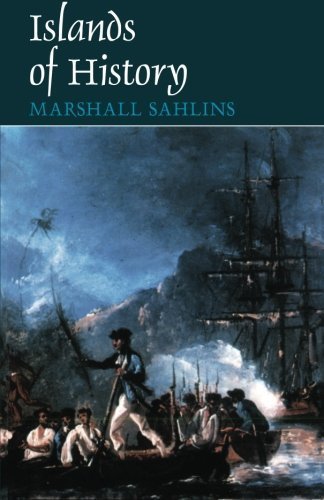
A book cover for Islands of History 1st (first) Edition by Sahlins, Marshall [1987]; History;